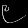
Digit: ၉